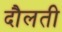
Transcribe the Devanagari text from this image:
दौलती